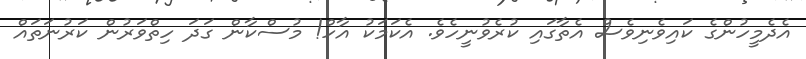
އެދެމީހުންގެ ކައިވެނިވެސް އެތާގައި ކުރެވުނީހެވެ. އެކަމަކު އާހް! މުސްކާން ގަދަ ހިތްވަރުން ކަރުނަތައް